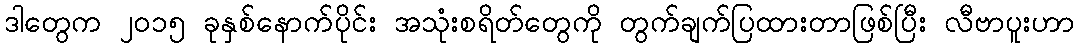
ဒါတွေက ၂၀၁၅ ခုနှစ်နောက်ပိုင်း အသုံးစရိတ်တွေကို တွက်ချက်ပြထားတာဖြစ်ပြီး လီဗာပူးဟာ